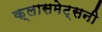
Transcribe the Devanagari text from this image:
क्लासमेट्सनी